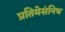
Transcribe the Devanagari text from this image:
प्रतिमेसंनिध